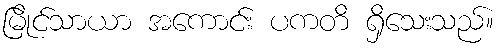
မြိုင်သာယာ အကောင်း ပကတိ ရှိသေးသည်။